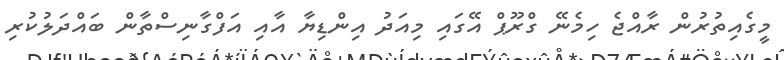
މީގެއިތުރުން ރާއްޖެ ހިމެނޭ ގްރޫޕް އޭގައި މިއަދު އިންޑިޔާ އާއި އަފްގާނިސްތާން ބައްދަލުކުރި